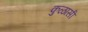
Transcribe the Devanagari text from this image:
कुळासी